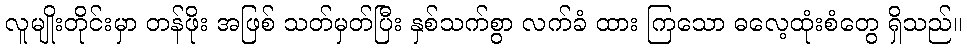
လူမျိုးတိုင်းမှာ တန်ဖိုး အဖြစ် သတ်မှတ်ပြီး နှစ်သက်စွာ လက်ခံ ထား ကြသော ဓလေ့ထုံးစံတွေ ရှိသည်။